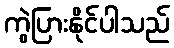
ကွဲပြားနိုင်ပါသည်